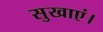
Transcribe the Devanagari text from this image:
सुखाएं।